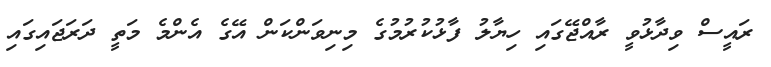
ރައީސް ވިދާޅުވީ ރާއްޖޭގައި ހިޔާލު ފާޅުކުރުމުގެ މިނިވަންކަން އޭގެ އެންމެ މަތީ ދަރަޖައިގައި